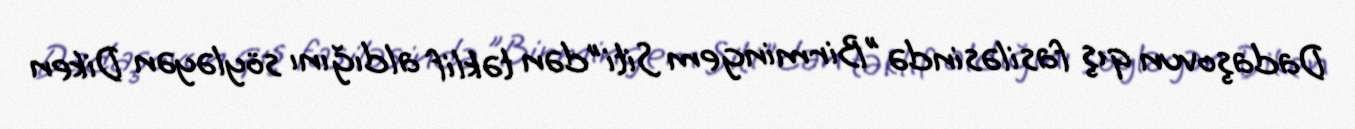
Dadaşovun qış fasiləsində "Birmingem Siti"dən təklif aldığını söyləyən Diken